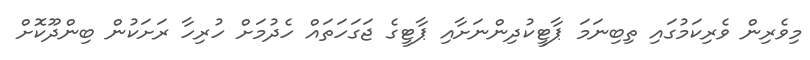
މިވެރިން ވެރިކަމުގައި ތިބިނަމަ ޕާޓީކުދިންނަށާއި ޕާޓީގެ ޖަގަހަތައް ހެދުމަށް ހުރިހާ ރަށަކުން ބިންދޫކޮށް